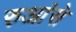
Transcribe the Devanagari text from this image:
रुआंसे